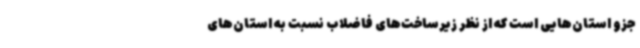
جزو استان‌هایی است که از نظر زیرساخت‌های فاضلاب نسبت به استان‌های